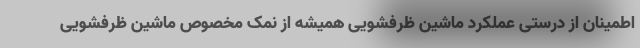
اطمینان از درستی عملکرد ماشین ظرفشویی همیشه از نمک مخصوص ماشین ظرفشویی